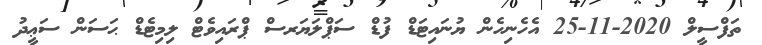
ތަފްސީލް 2020-11-25 އެހެނިހެން ޔުނައިޓަޑް ފުޑް ސަޕްލަޔަރސް ޕްރައިވެޓް ލިމިޓެޑް ޙަސަން ސަޢީދު